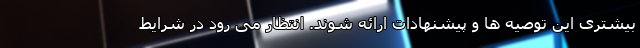
بیشتری این توصیه ها و پیشنهادات ارائه شوند. انتظار می رود در شرایط